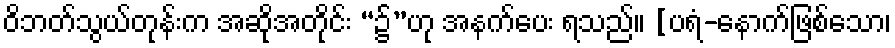
ဝိဘတ်သွယ်တုန်းက အဆိုအတိုင်း “၌”ဟု အနက်ပေး ရသည်။ [ပရံ-နောက်ဖြစ်သော၊